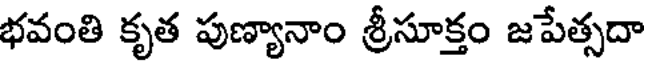
భవంతి కృత పుణ్యానాం శ్రీసూక్తం జపేత్సదా